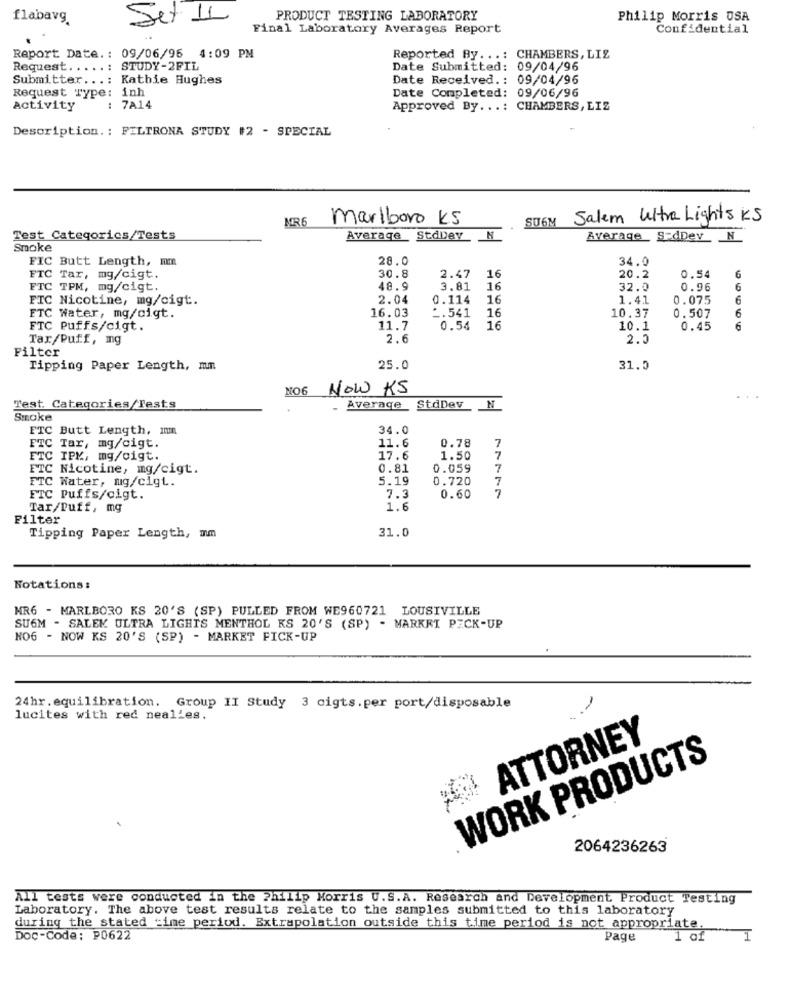
flabavg
Set 11
PRODUCT TESTING LABORATORY
Philip Morris USA
Final Laboratory Averages Report
Confidential
Report Date .: 09/06/96 4:09 PM
Reported By ...: CHAMBERS, LIS
Request .....: STUDY-2FIL
Date Submitted: 09/04/96
Submitter ...: Kathie Hughes
Date Received .: 09/04/96
Request Type: inh
Date Completed: 09/06/96
Activity
: 7A14
Approved By ...: CHAMBERS, LIZ
Description .: FILTRONA STUDY #2 - SPECIAL
MRE
marlboro KS
SU6M
Salem Ultra Lights KS
Test Categorics/Tests
Average , Stdbey N
Average S-dDev_ _ N
Smoke
FIC Butt Length, mm
28.0
34.0
6
FTC Tar, mg/cigt.
30.8
2.47
16
20.2
0.54
FTC TPM, mg/cigt.
48.9
3.81
16
32.0
0.96
6
FIC Nicotine, mg/cigt.
2.04
0.114
16
1.41
0.075
6
16.03
2.541
10.37
FTC Water, mg/cigt.
16
0.507
6
FTC Puffs/cigt.
11.7
0.54
16
10.1
0.45
6
Tar/Puff, mg
2.6
2.0
Filter
Tipping Paper Length, mm
25.0
31.5
NO6
NOW KS
Test. Categories/Tests
Average StdDev_ _ N
Smoke
FTC Butt Length, Im
34.0
FTC Tar, mg/cigt.
11.6
0.78
7
FTC IPK, mg/oigt.
17.6
1.50
7
FTC Nicotine, mg/cigt.
0.81
0.059
7
FTC Water, mg/cigt.
5.19
0.720
7
7
FTC Puffs/cigt.
7.3
0.60
Tar/Puff, mg
1.6
Filter
31.0
Tipping Paper Length, mm
Notations:
MR6 - MARLBORO KS 20'S (SP) PULLED FROM WE960721 LOUSIVILLE
SU6M - SALEK ULTRA LIGHTS MENTHOL KS 20'S (SP) - MARKRI PICK-UP
NO6 - NOW KS 20'S (SP) - MARKET FICK-UP
24hr. equilibration.
Group II Study 3 cigts.per port/disposable
lucites with red nealles.
ATTORNEY
WORK PRODUCTS
2064236263
All tests were conducted in the Philip Morris U.S.A. Research and Development Product Testing
Laboratory. The above test results relate to the samples submitted to this laboratory
during the stated time period. Extrapolation outside this time period is not appropriate.
Doc-Code: P0622
Page
1 of
1